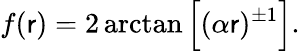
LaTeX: f(\mathsf{r})=2\arctan{\Bigl[(\alpha\mathsf{r})^{\pm1}\Bigr]}.